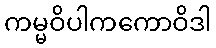
ကမ္မဝိပါကကောဝိဒါ